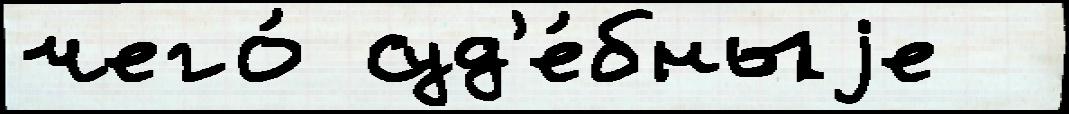
чего́ суд'е́бныjе